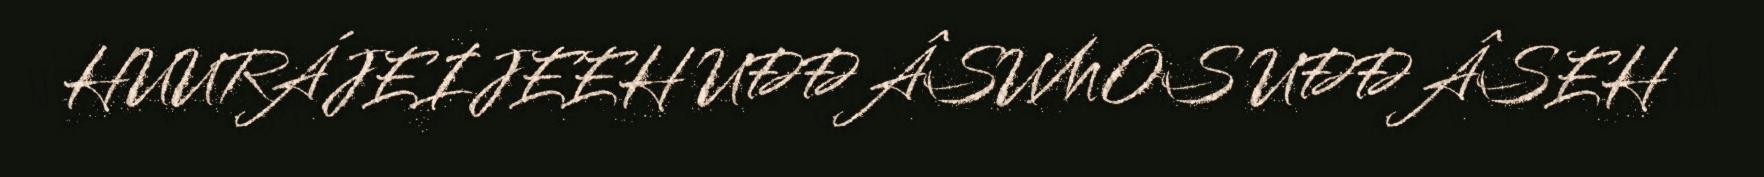
HUURÁJEIJEEH UĐĐÂSUMOS UĐĐÂSEH